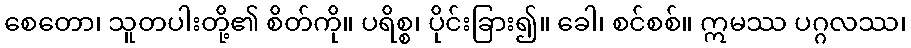
စေတော၊ သူတပါးတို့၏ စိတ်ကို။ ပရိစ္စ၊ ပိုင်းခြား၍။ ခေါ၊ စင်စစ်။ ဣမဿ ပဂ္ဂလဿ၊